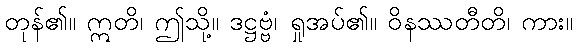
တုန်၏။ ဣတိ၊ ဤသို့။ ဒဋ္ဌဗ္ဗံ၊ ရှုအပ်၏။ ဝိနဿတီတိ၊ ကား။